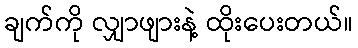
ချက်ကို လျှာဖျားနဲ့ ထိုးပေးတယ်။